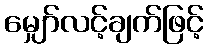
မျှော်လင့်ချက်ဖြင့်